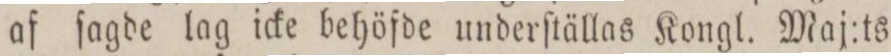
af ſagde lag icke behöfde underſtällas Kongl. Maj:ts